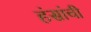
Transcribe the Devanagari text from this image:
हंसांची